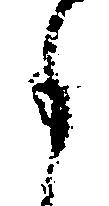
事